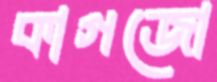
কাগজো